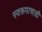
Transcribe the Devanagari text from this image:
स्वरूपाचाही